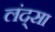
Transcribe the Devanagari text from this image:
लंद्सा